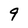
Character: 9